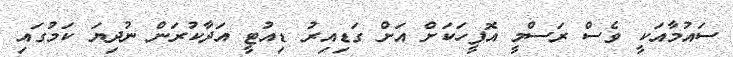
ސައުމާއަކީ ވެސް ރަސްމީ އޮފީހަކަށް އަށް ގަޑިއިރު ޑިއުޓީ އަދާކުރަން ނުދިޔަ ކަމުގައި